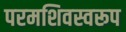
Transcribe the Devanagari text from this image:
परमशिवस्वरूप